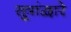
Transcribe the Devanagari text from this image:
सूत्रांद्वारे